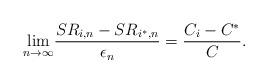
LaTeX: \begin{align*}\underset{n\rightarrow \infty} \lim\frac {SR_{i,n} -SR_{i^*,n}} {\epsilon_n} = \frac {C_i- C^*} C.\end{align*}